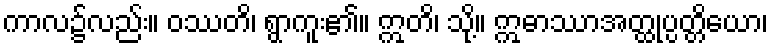
ကာလ၌လည်း။ ဝဿတိ၊ ရွာကူး၏။ ဣတိ၊ သို့။ ဣဓာဿာအတ္ထုပ္ပတ္တိယော၊